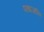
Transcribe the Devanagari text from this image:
पथांजलि